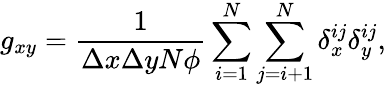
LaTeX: g_{xy}=\frac{1}{\Delta x\Delta yN\phi}\sum_{i=1}^{N}\sum_{j=i+1}^{N}\delta_{x}^{ij}\delta_{y}^{ij},